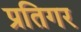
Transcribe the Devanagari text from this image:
प्रतिगर